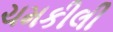
ચમકીલી